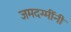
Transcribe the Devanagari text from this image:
जमदग्मींनी